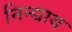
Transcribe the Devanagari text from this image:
निन्द्याय